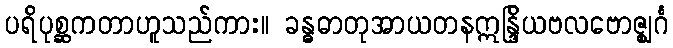
ပရိပုစ္ဆကတာဟူသည်ကား။ ခန္ဓဓာတုအာယတနဣန္ဒြိယဗလဗောဇ္ဈင်္ဂ